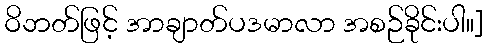
ဝိဘတ်ဖြင့် အာချာတ်ပဒမာလာ အစဉ်ခိုင်းပါ။]